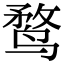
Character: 鹜